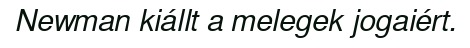
Newman kiállt a melegek jogaiért.